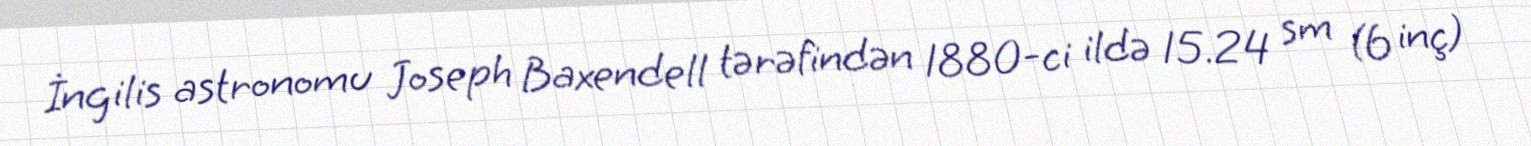
İngilis astronomu Joseph Baxendell tərəfindən 1880-ci ildə 15.24 sm (6 inç)